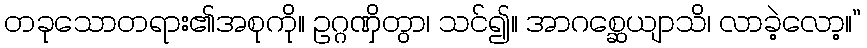
တခုသောတရား၏အစုကို။ ဥဂ္ဂဏှိတွာ၊ သင်၍။ အာဂစ္ဆေယျာသိ၊ လာခဲ့လော့။”